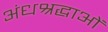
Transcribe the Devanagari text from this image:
अंधश्रद्धाओं